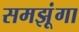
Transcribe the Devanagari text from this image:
समझूंगा